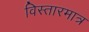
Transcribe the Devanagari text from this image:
विस्तारमात्र